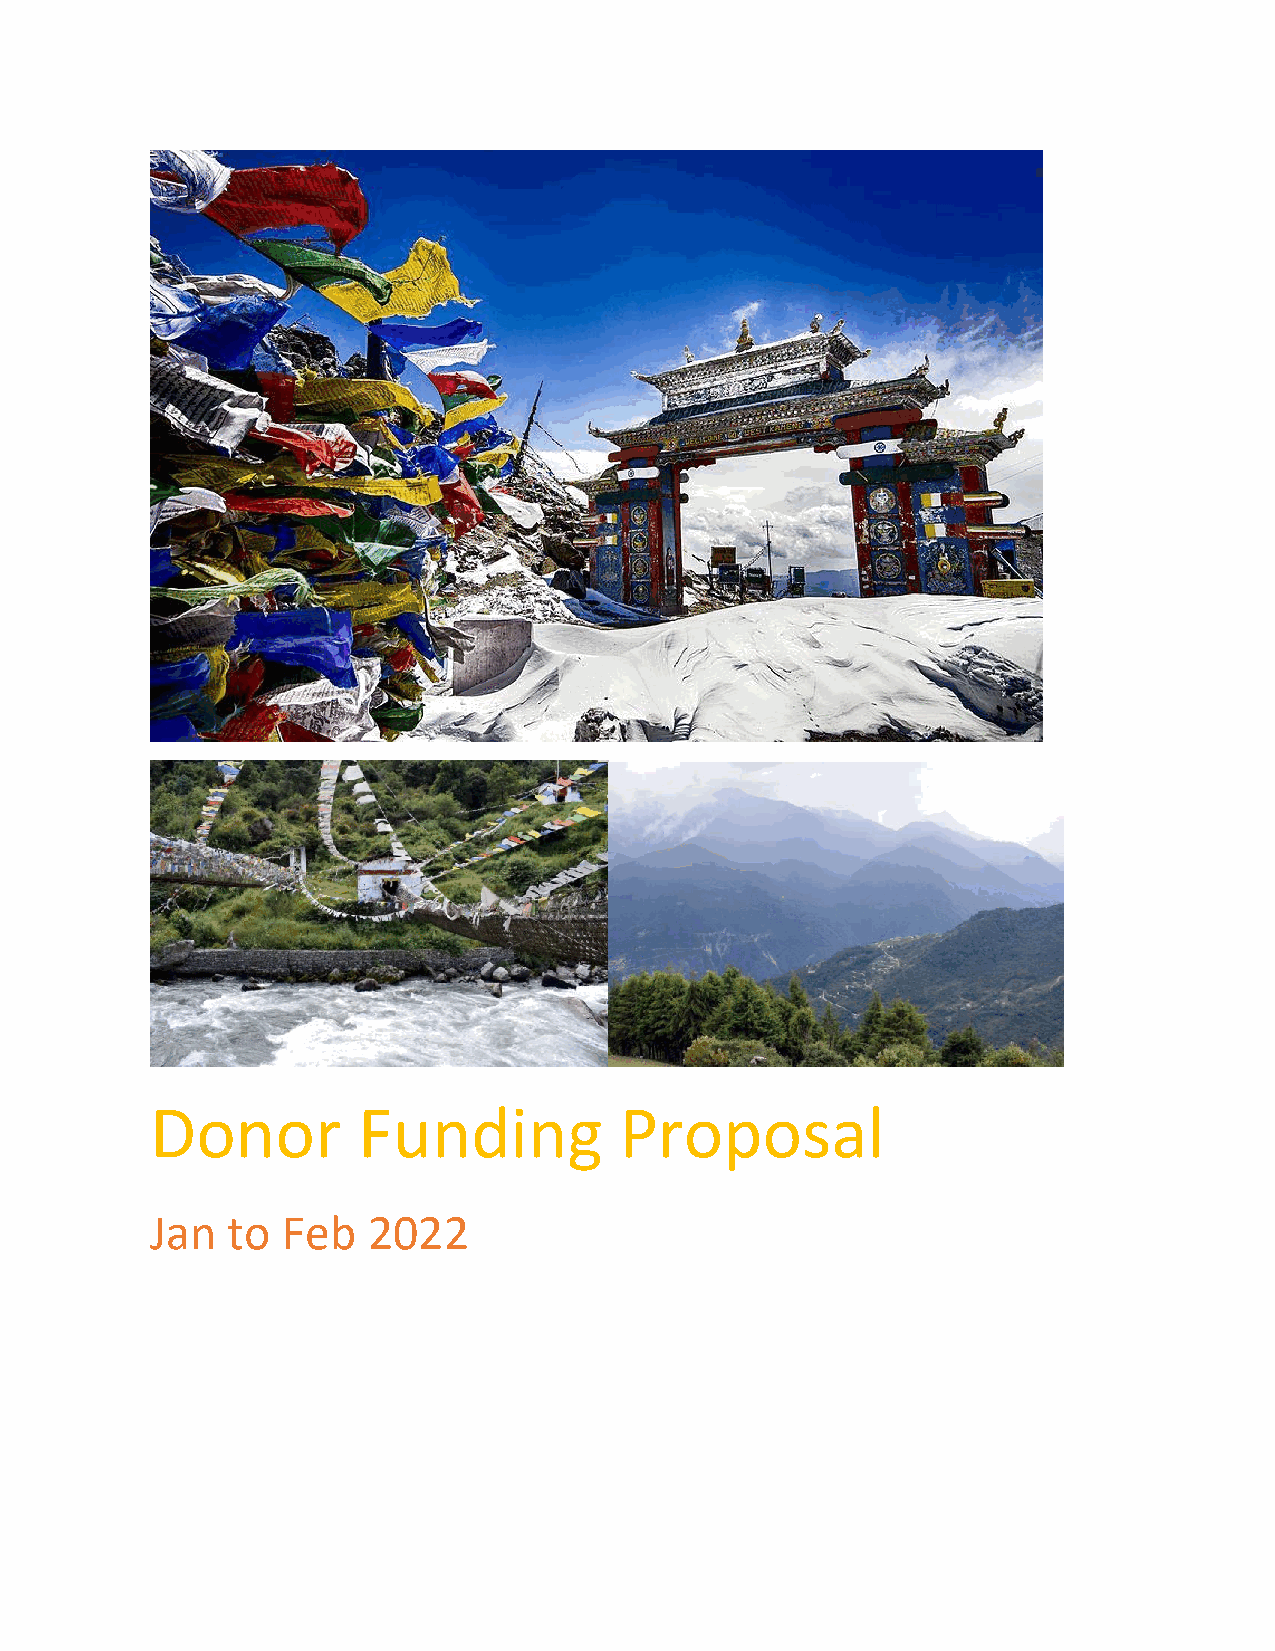
Donor         Funding          Proposal
 Jan  to  Feb  2022